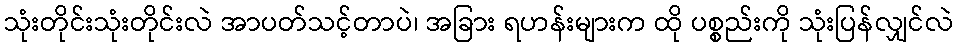
သုံးတိုင်းသုံးတိုင်းလဲ အာပတ်သင့်တာပဲ၊ အခြား ရဟန်းများက ထို ပစ္စည်းကို သုံးပြန်လျှင်လဲ